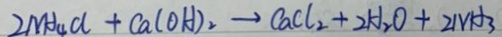
2 N H _ { 4 } C l + C a ( O H ) _ { 2 } \rightarrow C a C l _ { 2 } + 2 H _ { 2 } O + 2 N H _ { 3 }